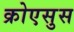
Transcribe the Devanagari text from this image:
क्रोएसुस